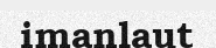
imanlaut